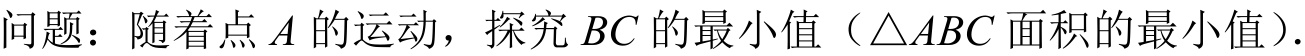
问题：随着点 \(A\) 的运动，探究 \(BC\) 的最小值（\(\triangle ABC\) 面积的最小值）.